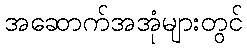
အဆောက်အအုံများတွင်